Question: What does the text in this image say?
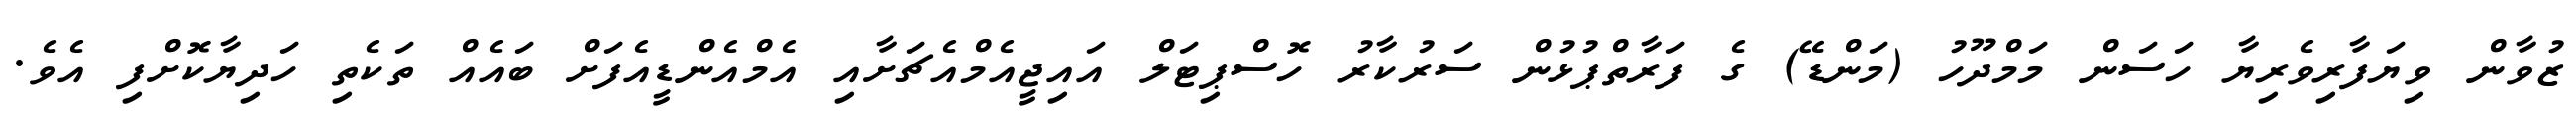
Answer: ޒުވާން ވިޔަފާރިވެރިޔާ ހަސަން މަމްދޫހު (މަންޑޭ) ގެ ފަރާތްޕުޅުން ސަރުކާރު ހޮސްޕިޓަލް އައިޖީއެމްއެޗަށާއި އެމްއެންޑީއެފަށް ބައެއް ތަކެތި ހަދިޔާކޮށްފި އެވެ.